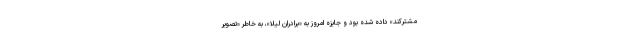
مشترکند» داده شده بود و جایزه امروز به «برادران لیلا»، به خاطر «تصویر